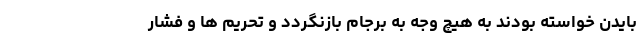
بایدن خواسته بودند به هیچ وجه به برجام بازنگردد و تحریم ها و فشار